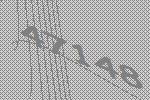
47148